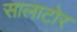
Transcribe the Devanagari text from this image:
सालाटोर